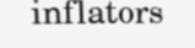
inflators